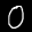
Label: 0